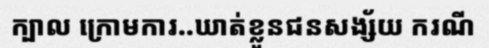
ក្បាល ក្រោមការ..ឃាត់ខ្លួនជនសង្ស័យ ករណី